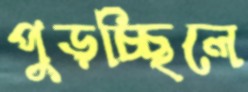
পুড়চ্ছিলে